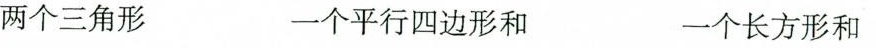
两个三角形 一个平行四边形和 一个长方形和